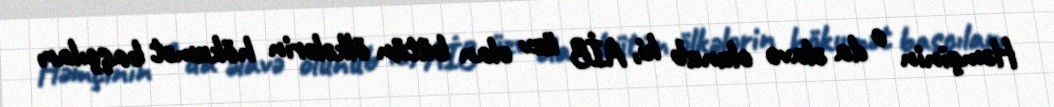
Həmçinin o da əlavə olunub ki, AİB üzv olan bütün ölkələrin hökumət başçıları